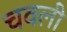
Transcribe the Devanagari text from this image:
चवली